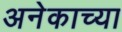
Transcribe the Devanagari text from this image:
अनेकाच्या